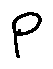
p